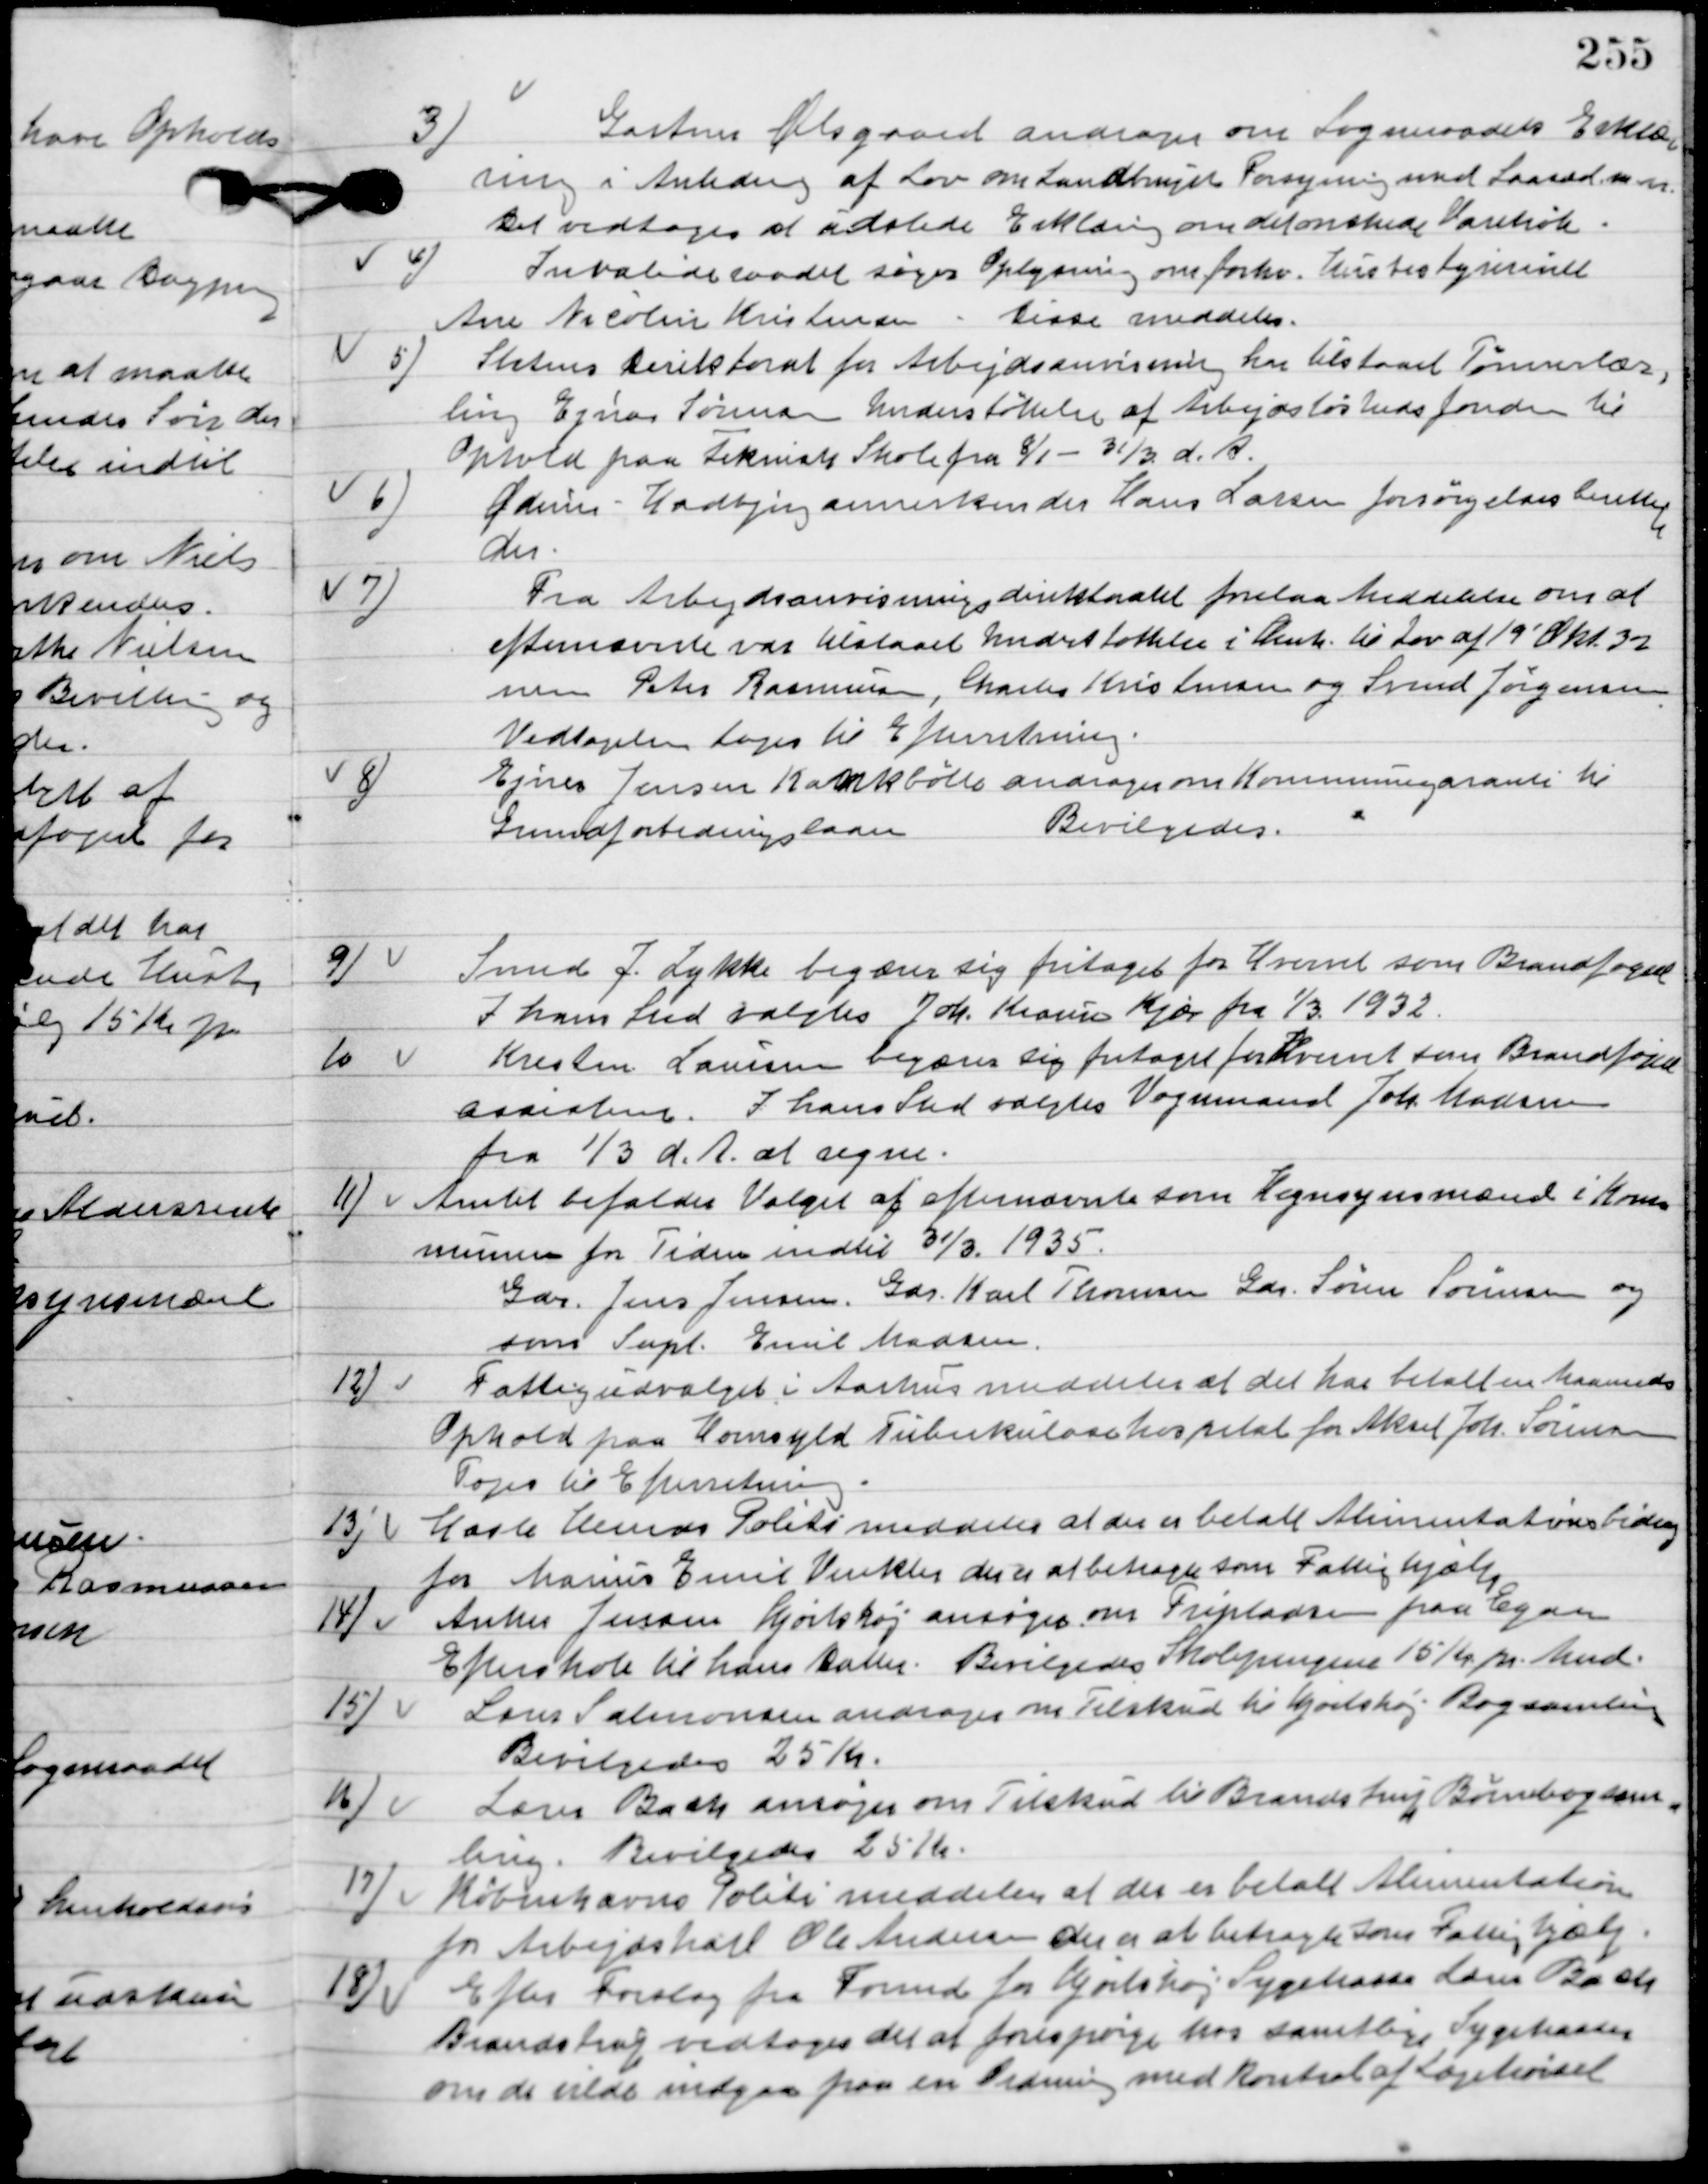
Transskription:
3

Gartner Ølsgaard andrager om Sogneraadets Erklæ-
ring i Anledning af Lov om Landbrugs forsyning med Saasæd m.m. 
Det vedtoges at udstede Erklæring om det ønskede varekøb

4

Invalideraadet søger Oplysning om forhv. Husbestyrerinde
Ane Nicoline Kristensen.
Disse meddeles.

5.

Statens Direktorat for Arbejdsanvisning har tilstaaet Tømmerlær-
ling Ejnar Sørensen Understøttelse af Arbejdsløshedsfonden til
Ophold paa Teknisk Skole fra 8/1-31/3 d. A.

6.

Ødum-Hadbjerg annerkender Hans Larsen forsørgelsesberettiget
der.

7.

Fra Arbejdsanvisningens direktorat forelaa meddelelse om at
efternævnte var tilstaaet understøttelse i Amtet til Lov af 19´Okt. 3 z
men Peter Rasmussen, Charles Kristensen og Svend Jørgensen.
Vedtagelsen toges til Efterretning.

8.

Ejner Jensen Kankbølle andrager om Kommunegaranti til
grundforbedrings laan.
Bevilgedes Kommunegaranti.

9

Smed J. Lykke begæres sig fritage for Hvervet som Brandfoged.
I hans Sted valgtes Joh. Krause Kjær fra 1/3 1932.

10

Kresten Laursen begære sig fritaget for Hvervet som Brandfoged
assistent. I hans Sted valgtes Vognmand joh. Madsen
fra 1/3 d. A. at regne.

11

Amtet bifaldes Valget af efterævnte som Hegnsynsmænd i Kom-
munen for Tiden indtil 31/3. 1935.
Gdr. Jens Jensen, gdr. Karl Thomsen, gdr. Søren Sørensen og
som Supl. Emil Madsen.

12

Fattigudvalget i Aarhus meddeler at det har betalt en Maanedes
Ophold paa Hornsyld Tuberkulosehospital for Aksen Joh. Sørensen.
Toges til Efterretning.

13

Hasle Herreds Politi meddeler at der er betalt Alimentationsbidrag
for Marius Emil Vinkler der er at betragte som Fattighjælp.

14

Anker Jensen Hjortshøj ansøger om fripladsen paa Egaa
Efterskole til hans Datter. Bevilgedes Skolepenge 15 Kr. pr. Mnd.

15

Lars Salmonsen andrager om tilskud til Hjortshøj Bogsamling.
Bevilgedes 25 Kr.

16

Lærer Bach ansøger om Tilskud til Brandstrup Bogsam-
ling.
Bevilgedes 25 Kr.

17

Københavns Politi meddeler at der er betalt Alimentationsbidrag
for Arbejdskarl Ole Andersen der er at betragte som Fattighjælp.

18

Efter Forslag fra Formd. For Hjortshøjs Sygekasse lærer Bach
Brandstrup vedtoges det at forespørge hos samtlige Sygekasser
om de vilde indgaa paa en Ordning med Kontrol af Lægekørsel.